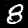
Digit: 8